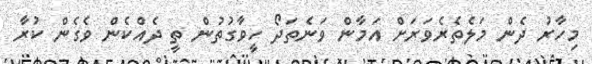
މިހާރު ދެން މަލެތެރެވަރަށް އަމާން ވަނެތަދޯ ހީވާގުތުން ތީ ދެއްކެން ވެގެން ކުރާ